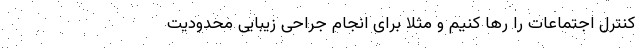
کنترل اجتماعات را رها کنیم و مثلا برای انجام جراحی زیبایی محدودیت